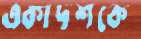
একাদশকে